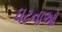
ઘટનાઓ